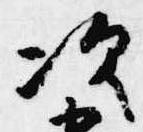
次